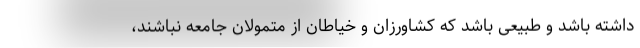
داشته باشد و طبیعی باشد که کشاورزان و خیاطان از متمولان جامعه نباشند،